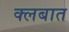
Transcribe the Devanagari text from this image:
क्लबात